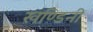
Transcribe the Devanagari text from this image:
खण्डिनी